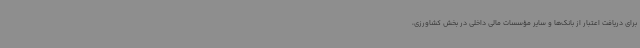
برای دریافت اعتبار از بانک‌ها و سایر مؤسسات مالی داخلی در بخش کشاورزی،